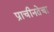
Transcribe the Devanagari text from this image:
प्राचीनतेचा